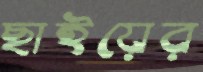
ছাইয়ের